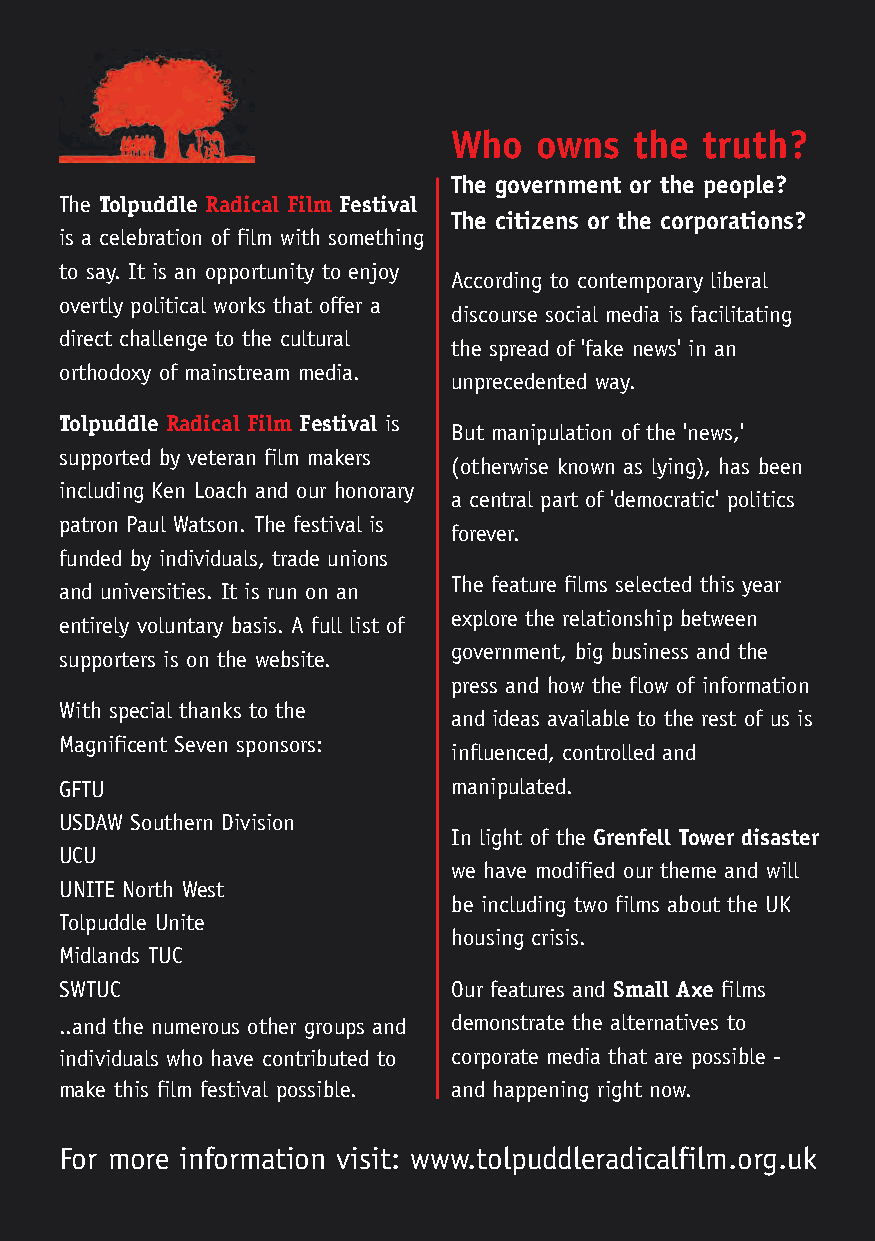
Tolpuddle
 Who   owns  the truth?
 The government or the people?
 The Tolpuddle Radical Film Festival
 The citizens or the corporations?  RADICAL
 is a celebration of film with something
 to say. It is an opportunity to enjoy
 According to contemporary liberal
 overtly political works that offer a
 discourse social media is facilitating
 direct challenge to the cultural
 the spread of 'fake news' in an
 orthodoxy of mainstream media.
 unprecedented way.
 FILM
 Tolpuddle Radical Film Festival is
 But manipulation of the 'news,'
 supported by veteran film makers
 (otherwise known as lying), has been
 including Ken Loach and our honorary
 a central part of 'democratic' politics
 patron Paul Watson. The festival is
 forever.
 funded by individuals, trade unions                          Festival
 The feature films selected this year
 and universities. It is run on an
 explore the relationship between
 entirely voluntary basis. A full list of
 government, big business and the
 supporters is on the website.
 press and how the flow of information
 With special thanks to the
 and ideas available to the rest of us is
 Magnificent Seven sponsors:
 influenced, controlled and
 14–16          July      2017
 GFTU                      manipulated.
 USDAW Southern Division
 In light of the Grenfell Tower disaster
 UCU
 we have modified our theme and will
 UNITE North West
 be including two films about the UK
 Tolpuddle Unite
 housing crisis.
 Midlands TUC
 SWTUC                     Our features and Small Axe films
 ..and the numerous other groups and demonstrate the alternatives to
 individuals who have contributed to corporate media that are possible -
 make this film festival possible. and happening right now.
 For more information visit: www.tolpuddleradicalfilm.org.uk